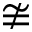
\ncong